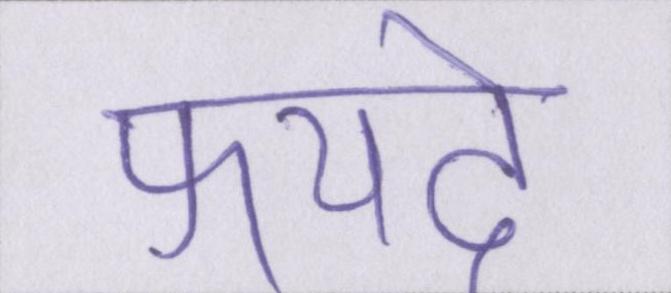
फयदे